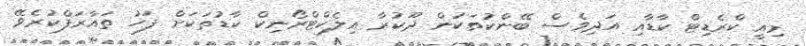
މިއީ ކްރެޑިޓް ކާޑާއި އަދިވެސް ބޭންކުތަކުން ދޫކުރާ އިލެކްޓްރޯނިކް ކާޑުތަކަށް ފަހު ތައާރަފްކުރެވޭ